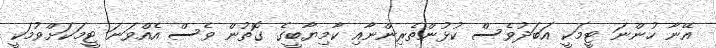
އޭނާ ހުންނަ ޓީމަކީ އަބަދުވެސް ކުޅުންތެރިންނާއި ކާމިޔާބީގެ ގޮތުން ވެސް އެއްވަނަ ޓީމަކަށްވުމަކީ